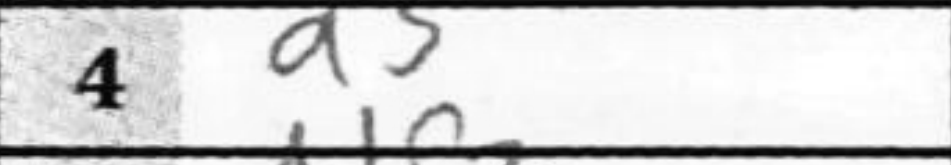
Transcription: d3